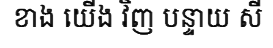
ខាង យើង វិញ បន្ទាយ សី